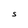
Character: S